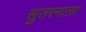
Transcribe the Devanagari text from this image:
सुतरनाला